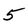
Character: 5